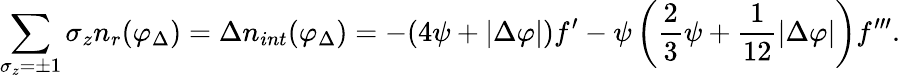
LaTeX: \sum_{\sigma_{z}=\pm 1}\sigma_{z}n_{r}(\varphi_{\Delta})=\Delta n_{int}(\varphi_{\Delta})=-(4{\psi}+|\Delta\varphi|)f^{\prime}-{\psi}\left({\frac{2}{3}}{\psi}+{\frac{1}{12}}|\Delta\varphi|\right)f^{\prime\prime\prime}.